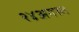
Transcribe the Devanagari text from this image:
२४अगस्त